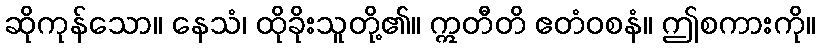
ဆိုကုန်သော။ နေသံ၊ ထိုခိုးသူတို့၏။ ဣတီတိ ဧတံဝစနံ။ ဤစကားကို။